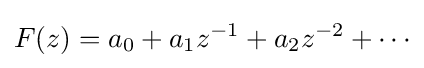
\displaystyle {F(z)=a_{0}+a_{1}z^{-1}+a_{2}z^{-2}+\cdots }